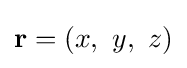
\mathbf {r} =\left(x,\ y,\ z\right)